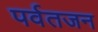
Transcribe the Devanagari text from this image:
पर्वतजन